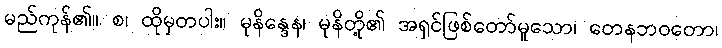
မည်ကုန်၏။ စ၊ ထိုမှတပါး။ မုနိန္ဒေန၊ မုနိတို့၏ အရှင်ဖြစ်တော်မူသော၊ တေနဘဝတော၊